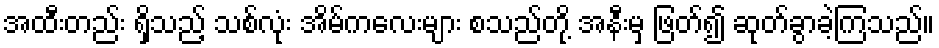
အထီးတည်း ရှိသည့် သစ်လုံး အိမ်ကလေးများ စသည်တို့ အနီးမှ ဖြတ်၍ ဆုတ်ခွာခဲ့ကြသည်။